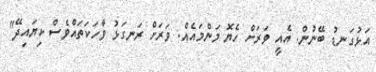
އަޅުގަނޑު ބޭނުން. އެއީ ވަރަށް ހެޔޮ މަންމައެއް. ވަރަށް ރަނގަޅު ވާހަކަތައްވެސް ކިޔައިދޭ"